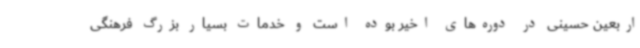
اربعین حسینی در دوره‌های اخیر بوده است و خدمات بسیار بزرگ فرهنگی